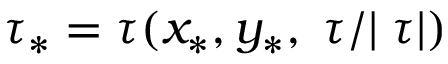
\tau _ { * } = \tau ( x _ { * } , y _ { * } , \triangledown \tau / | \triangledown \tau | )